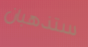
ستذهبان